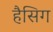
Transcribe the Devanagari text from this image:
हैसिग